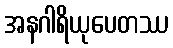
အနဂါရိယုပေတဿ